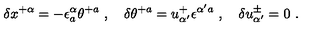
\delta x ^ { + \alpha } = - \epsilon _ { a } ^ { \alpha } \theta ^ { + a } \ , \quad \delta \theta ^ { + a } = u _ { \alpha ^ { \prime } } ^ { + } \epsilon ^ { \alpha ^ { \prime } a } \ , \quad \delta u _ { \alpha ^ { \prime } } ^ { \pm } = 0 \ .